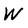
Character: W